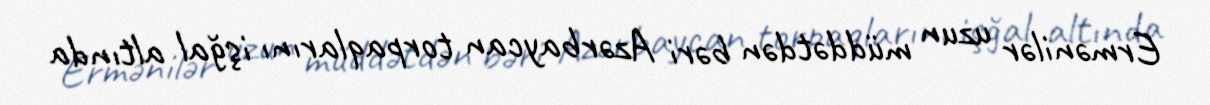
Ermənilər uzun müddətdən bəri Azərbaycan torpaqlarını işğal altında